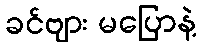
ခင်ဗျား မပြောနဲ့